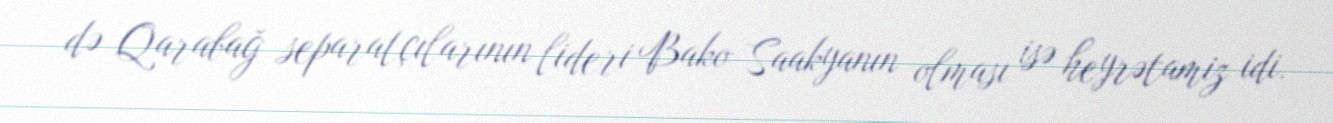
də Qarabağ separatçılarının lideri Bako Saakyanın olması isə heyrətamiz idi.